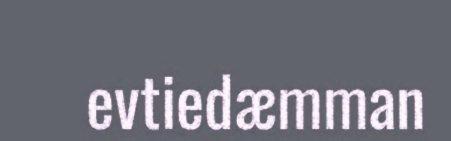
evtiedæmman